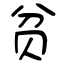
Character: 贫